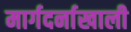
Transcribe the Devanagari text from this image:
मार्गदर्नाखाली